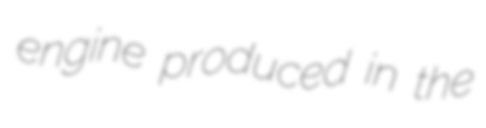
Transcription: engine produced in the